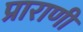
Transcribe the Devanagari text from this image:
प्राराणी